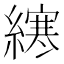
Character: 𫟂